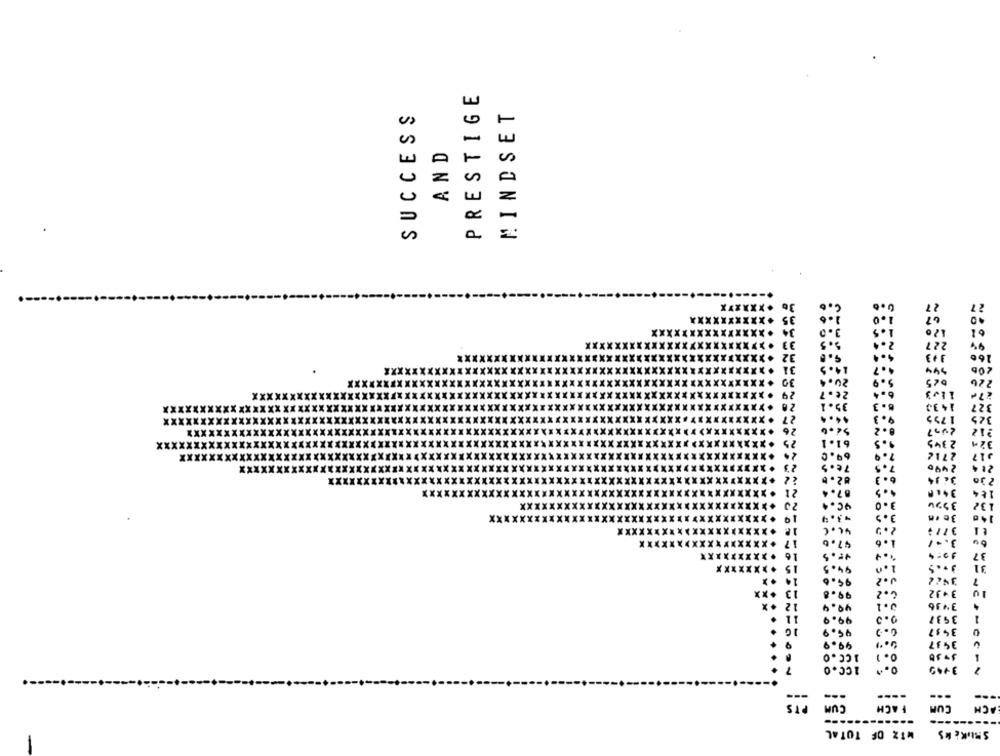
PRESTIGE
SUCCESS
MINDSET
AND
z
XXXXXX
XX
XXXX
XXX
160
206
226
1433
327
17>>
2345
xx
61.1
32.
69.0
2712
76.5
2400
214
XXXX
2 30
****
18 4
xx
3994
132
3c .
Xx
140
**** XXXXX
3.01
******
XXXXXXXX
37
XXXXXX
94.5
31
95.6
7
.. 2
3- 32
99.8
49.9
3436
99.9
3937
95.9
34 57
99.9
3937
1CC . O
0. 1
1CC.0
o."
3449
---
TS
CUM
FACH
CUM
ACH
---
wTZ OF TOTAL
SBIKERS